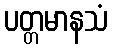
ပတ္တမာနသံ